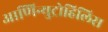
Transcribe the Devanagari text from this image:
आणिन्युट्रोहिलिस